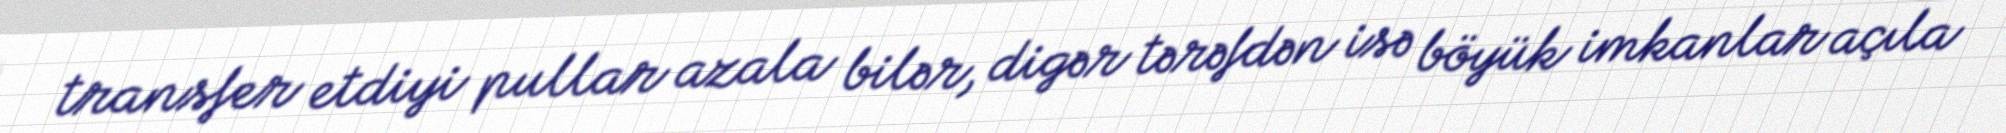
transfer etdiyi pullar azala bilər, digər tərəfdən isə böyük imkanlar açıla